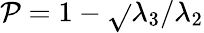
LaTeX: \mathcal{P}=1-\sqrt{}{{\lambda_{3}/\lambda_{2}}}